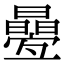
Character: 㬪